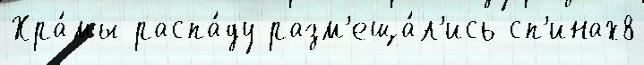
Хра́мы распа́ду разм'еща́л'ись сп'инах8